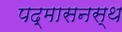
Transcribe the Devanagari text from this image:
पद्मासनस्थ